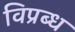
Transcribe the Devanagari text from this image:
विप्रब्ध